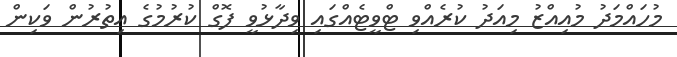
މުހައްމަދު މުއިއްޒު މިއަދު ކުރެއްވި ޓްވީޓެއްގައި ވިދާޅުވީ ފޮގް ކުރުމުގެ އިތުރުން ވަކިން